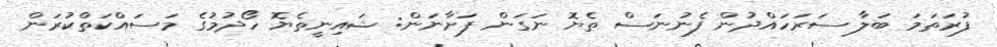
ފުރަތަމަ ބަލާ ސަރަހައްދުން ފެނުނަސް ތެޔޮ ނަގަން ފަށާނަން: ޝައިނީތެޔޮ ހޯދުމުގެ މަސައްކަތްކުރަން